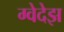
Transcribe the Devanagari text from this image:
ग्वेदेझ